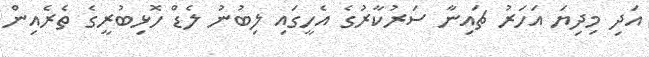
އަދި މިދިޔަ އަހަރު ޗައިނާ ސަރުކާރުގެ އެހީގައި ލިބުނު ލެޑް ހޮޅިބުރީގެ ތެރެއިން